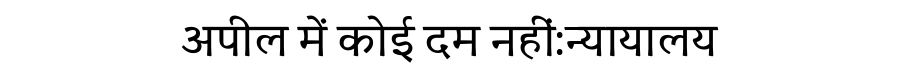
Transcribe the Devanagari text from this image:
अपील में कोई दम नहीं:न्यायालय